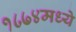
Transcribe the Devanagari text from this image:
१८७४मध्ये